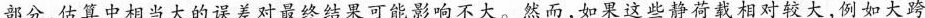
部分，估算中相当大的误差对最终结果可能影响不大。然而，如果这些静荷载相对较大，例如大跨